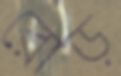
রোড়